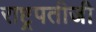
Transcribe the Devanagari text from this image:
राष्ट्रपतीजी